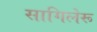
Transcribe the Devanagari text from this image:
सागिलेरू